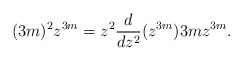
\begin{align*}(3m)^2z^{3m} = z^2\frac{d}{dz^2}(z^{3m}) 3mz^{3m}. \end{align*}